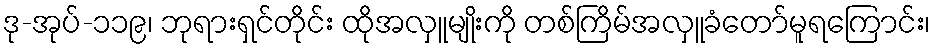
ဒု-အုပ်-၁၁၉၊ ဘုရားရှင်တိုင်း ထိုအလှူမျိုးကို တစ်ကြိမ်အလှူခံတော်မူရကြောင်း၊